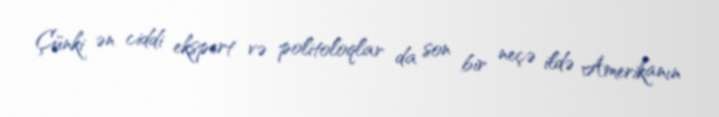
Çünki ən ciddi ekspert və politoloqlar da son bir neçə ildə Amerikanın